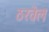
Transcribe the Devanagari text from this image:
ठरवेल